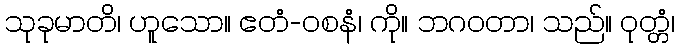
သုခုမာတိ၊ ဟူသော။ ဧတံ-ဝစနံ၊ ကို။ ဘဂဝတာ၊ သည်။ ဝုတ္တံ၊